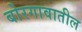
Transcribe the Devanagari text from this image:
बोरगावातील